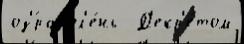
оз'́ра ол'е́нь  Д'екр'е́том